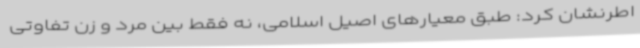
اطرنشان کرد: طبق معیارهای اصیل اسلامی، نه فقط بین مرد و زن تفاوتی